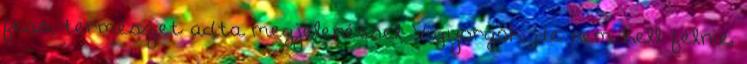
fess, természet adta megjelenéssel Vigyorgok, de nem kell félnie,